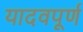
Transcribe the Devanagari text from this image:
यादवपूर्ण